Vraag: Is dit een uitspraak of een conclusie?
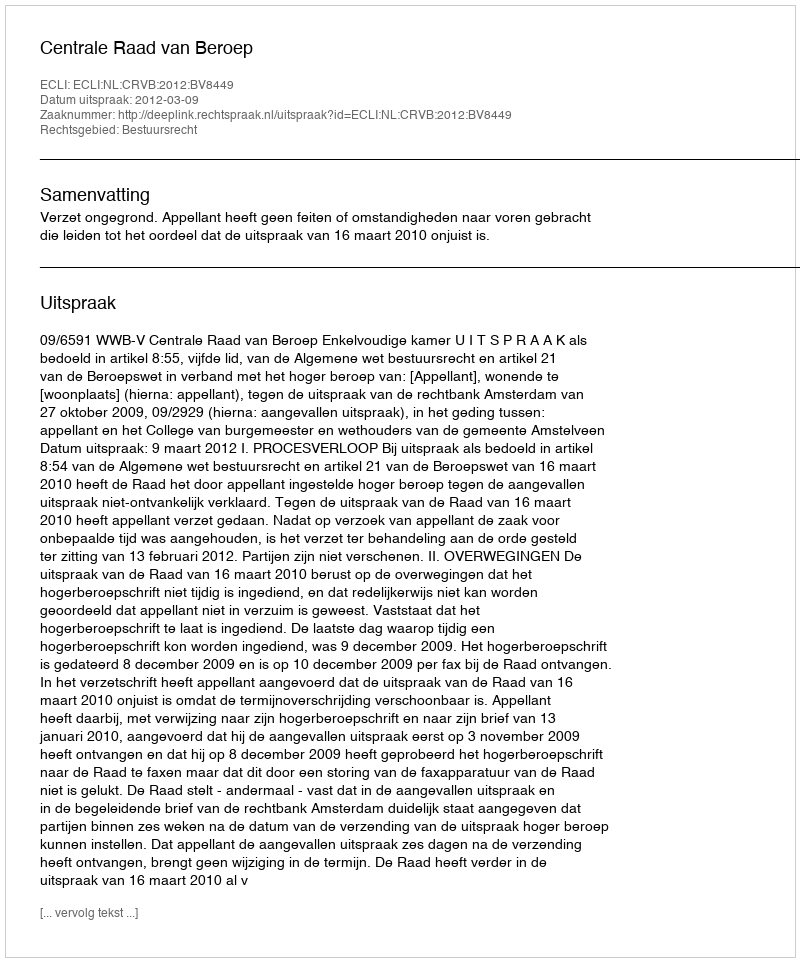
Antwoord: Uitspraak